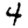
Digit: 4